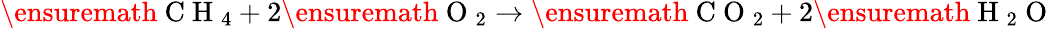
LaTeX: \ensuremath{\mathrm{~C~H~}_{4}}+2\ensuremath{\mathrm{~O~}_{2}}\rightarrow\ensuremath{\mathrm{~C~O~}_{2}}+2\ensuremath{\mathrm{~H~}_{2}\mathrm{~O~}}